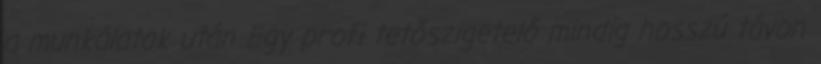
a munkálatok után Egy profi tetőszigetelő mindig hosszú távon